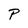
Character: P